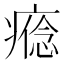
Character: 𤹑